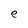
Character: e